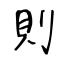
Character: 則